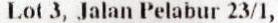
LOT 3, JALAN PELABUR 23/1,